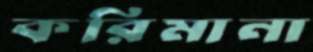
করিমানা